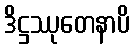
ဒိဋ္ဌဿုတေနာပိ